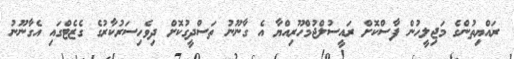
ރައްޔިތުންގެ މަޖިލީހުން ފާސްކޮށް ރައީސުލްޖުމްހޫރިއްޔާ އެ ގާނޫނު ތަސްދީގުކޮށް ދިވެހިސަރުކާރުގެ ގެޒެޓްގައި އެގާނޫނު